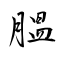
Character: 膃